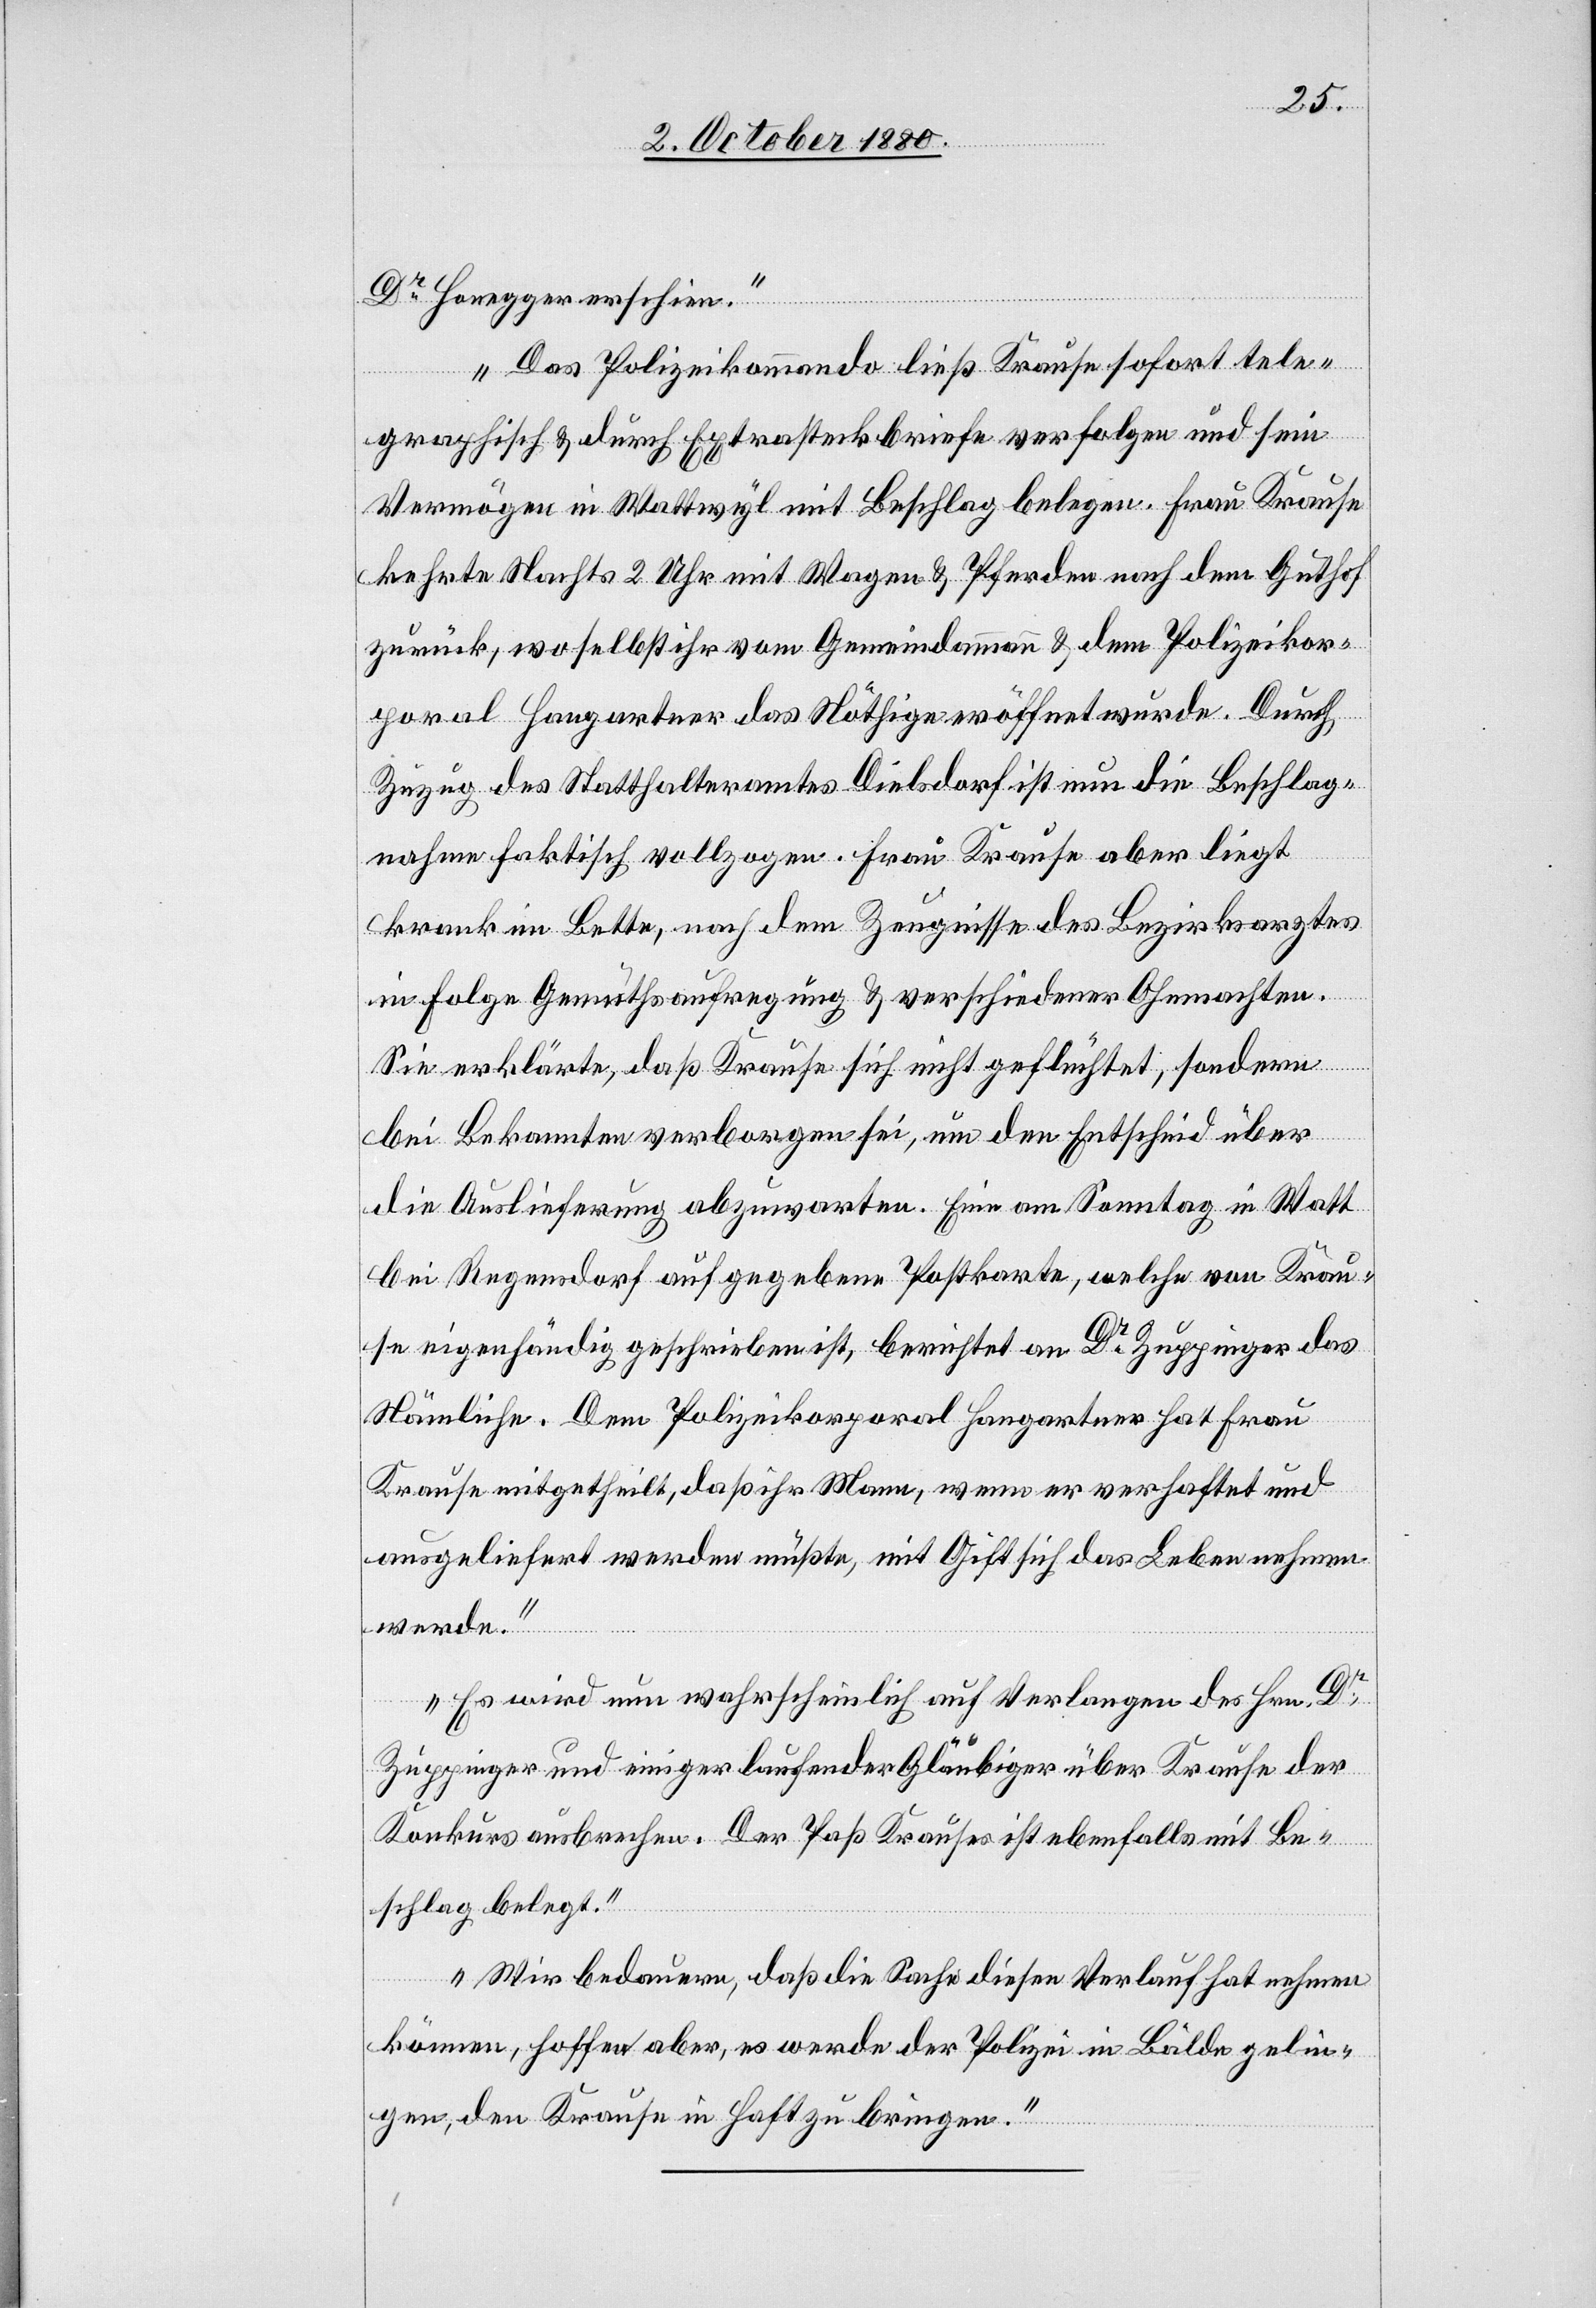
Dr Honegger erschien.
Das Polizeikommando ließ Krause sofort tele¬
graphisch & durch Extrasteckbriefe verfolgen und sein
Vermögen in Wattwyl mit Beschlag belegen. Frau Krause
kehrte Nachts 2 Uhr mit Wagen & Pferden nach dem Gutshof
zurück, wo selbst ihr vom Gemeindammann & dem Polizeikor¬
poral Hangartner das Nöthige eröffnet wurde. Durch
Zuzug des Statthalteramtes Dielsdorf ist nun die Beschlag¬
nahme faktisch vollzogen. Frau Krause aber liegt
krank im Bette, nach dem Zeugnisse des Bezirksarztes
in Folge Gemüthsaufregung & verschiedener Ohnmachten.
Sie erklärte, daß Krause sich nicht geflüchtet, sondern
bei Bekannten verborgen sei, um den Entscheid über
die Auslieferung abzuwarten. Eine am Sonntag in Watt
bei Regensdorf aufgegebenen Postkarte, welche von Krau¬
se eigenhändig geschrieben ist, berichtet an Dr Zuppinger das
Nämliche. Dem Polizeikorporal Hangartner hat Frau
Krause mitgetheilt, daß ihr Mann, wenn er verhaftete und
ausgeliefert werden müßte, mit Gift sich das Leben nehmen
werde.
Es wird nun wahrscheinlich auf Verlangen des Hrn. Dr
Zuppinger und einiger laufender Gläubiger über Krause der
Konkurs ausbrechen. Der Paß Krause ist ebenfalls mit Be¬
schlag belegt.
Wir bedauern, daß die Sache diesen Verlauf hat nehmen
können, hoffen aber, es werde der Polizei in Bälde gelin¬
gen, den Krause in Haft zu bringen.“